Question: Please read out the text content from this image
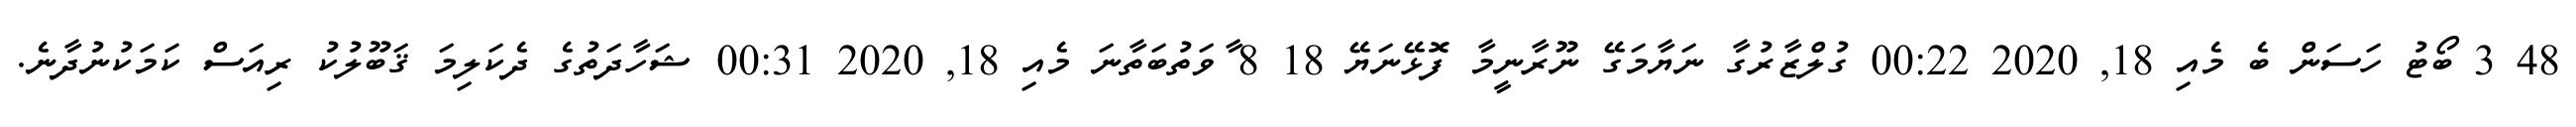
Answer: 48 3 ބޯޓު ހަސަން ބެ މެއި 18, 2020 00:22 ގުލްޒާރުގާ ނަޔާމަގޭ ނޫރާނީމާ ފޮޅޭނަޔޭ 18 8 ާވަތުބަތާނަ މެއި 18, 2020 00:31 ޝަހާދަތުގެ ދެކަލިމަ ޤަބޫލުކު ރިއަސް ކަމަކުނުދާނެ.